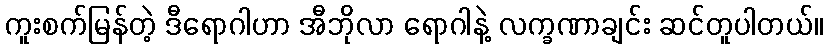
ကူးစက်မြန်တဲ့ ဒီရောဂါဟာ အီဘိုလာ ရောဂါနဲ့ လက္ခဏာချင်း ဆင်တူပါတယ်။